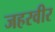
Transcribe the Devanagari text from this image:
जहरवीर